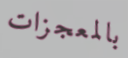
بالمعجزات